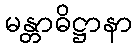
မန္တာဓိဋ္ဌာနာ